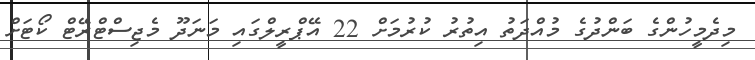
މިދެމީހުންގެ ބަންދުގެ މުއްދަތު އިތުރު ކުރުމަށް 22 އޭޕްރީލްގައި މަނަދޫ މެޖިސްޓްރޭޓް ކޯޓަށް